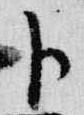
卜